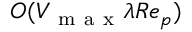
O ( V _ { \mathrm { ~ m ~ a ~ x ~ } } \lambda R e _ { p } )